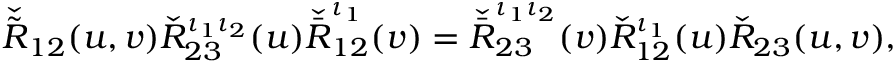
\check { \tilde { R } } _ { 1 2 } ( u , v ) \check { R } _ { 2 3 } ^ { \iota _ { 1 } \iota _ { 2 } } ( u ) \check { \bar { R } } _ { 1 2 } ^ { \iota _ { 1 } } ( v ) = \check { \bar { R } } _ { 2 3 } ^ { \iota _ { 1 } \iota _ { 2 } } ( v ) \check { R } _ { 1 2 } ^ { \iota _ { 1 } } ( u ) \check { R } _ { 2 3 } ( u , v ) ,